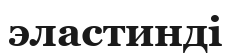
эластинді